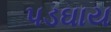
પડઘાય